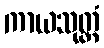
ကာယသုတ္တံ